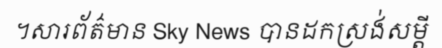
។សារព័ត៌មាន Sky News បានដកស្រង់សម្តី